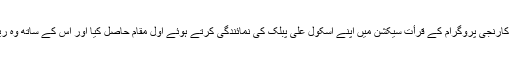
اسکول کے طالب علم عمیر ابن عبدالباسط حفیظ نے یہاں منعقد ہونے والے پرتیبھا کارنجی پروگرام کے قرأت سیکشن میں اپنے اسکول علی پبلک کی نمائندگی کرتے ہوئے اول مقام حاصل کیا اور اس کے ساتھ وہ ریاستی سطح کے مقابلوں کے لیے منتخب ہوئے جو عنقریب منعقد ہونے والے ہیں۔